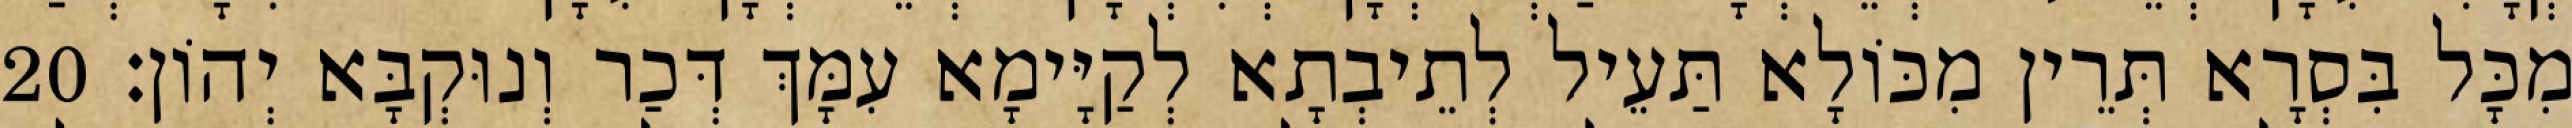
מִכָּל בִּסְרָא תְּרֵין מִכּוֹלָא תַּעֵיל לְתֵיבְתָא לְקַיָּימָא עִמָּךְ דְּכַר וְנוּקְבָּא יְהוֹן׃ 20